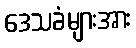
ဒေသခံများအား